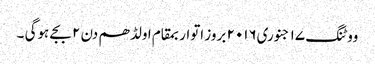
ووٹنگ ١٧ جنوری٢٠١٦ بروز اتواربمقام اولڈھم دن ٢ بجے ہوگی ۔